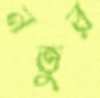
নতুর